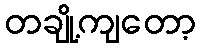
တချို့ကျတော့